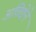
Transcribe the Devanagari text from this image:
अविद्येने